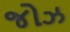
જોઝ